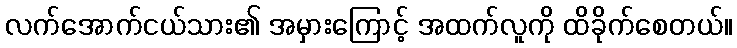
လက်အောက်ငယ်သား၏ အမှားကြောင့် အထက်လူကို ထိခိုက်စေတယ်။